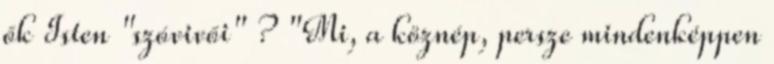
ők Isten "szóvivői" ? "Mi, a köznép, persze mindenképpen